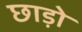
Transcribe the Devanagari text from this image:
छाड़ो